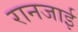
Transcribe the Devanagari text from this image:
रानजाई